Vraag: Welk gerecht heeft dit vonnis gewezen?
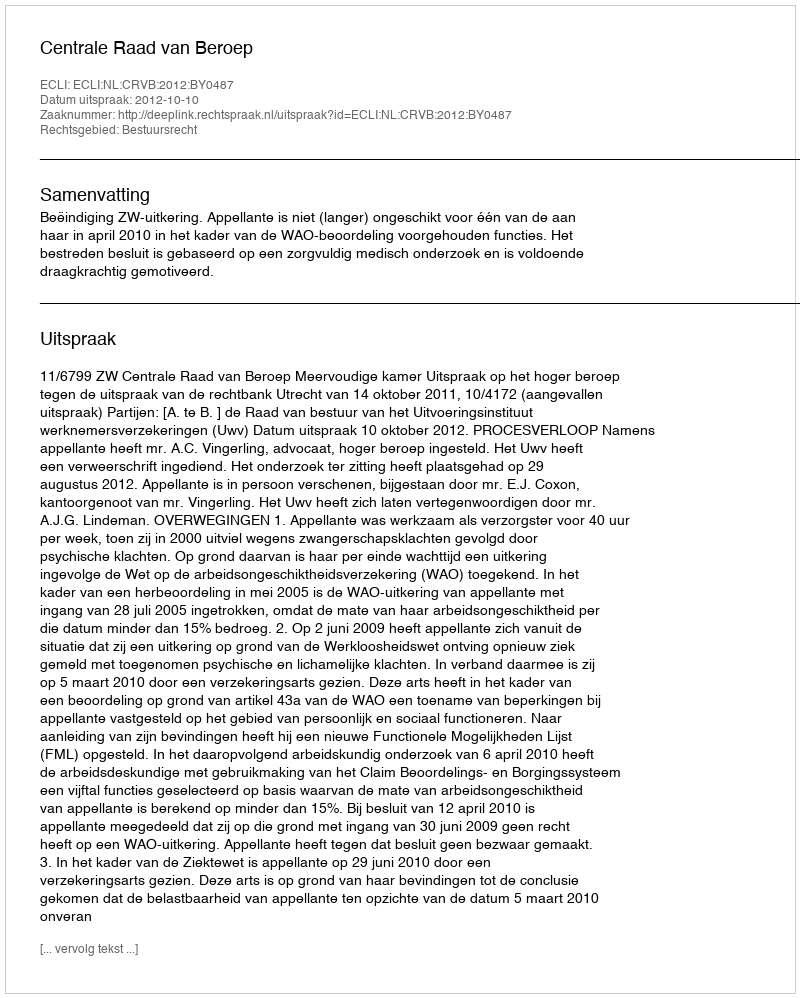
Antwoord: Centrale Raad van Beroep